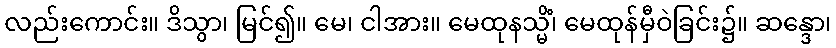
လည်းကောင်း။ ဒိသွာ၊ မြင်၍။ မေ၊ ငါအား။ မေထုနသ္မိံ၊ မေထုန်မှီဝဲခြင်း၌။ ဆန္ဒော၊